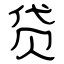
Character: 贷